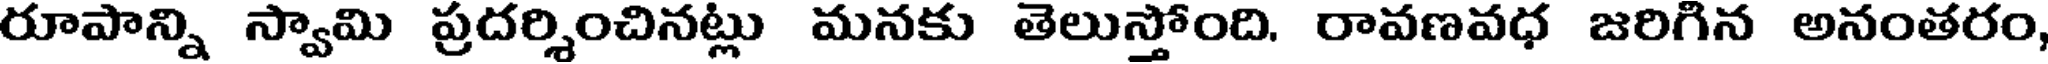
రూపాన్ని స్వామి ప్రదర్శించినట్లు మనకు తెలుస్తోంది. రావణవధ జరిగిన అనంతరం,